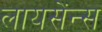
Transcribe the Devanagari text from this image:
लायसेंन्स